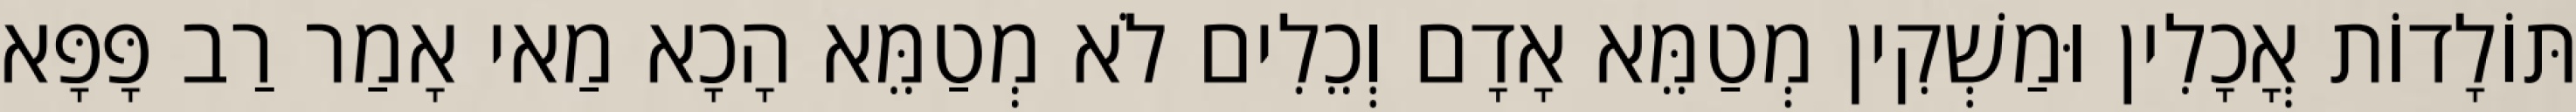
תּוֹלָדוֹת אֳכָלִין וּמַשְׁקִין מְטַמֵּא אָדָם וְכֵלִים לֹא מְטַמֵּא הָכָא מַאי אָמַר רַב פָּפָּא